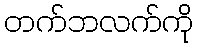
တက်ဘလက်ကို